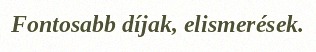
Fontosabb díjak, elismerések.